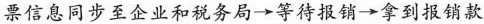
票信息同步至企业和税务局 \rightarrow 等待报销 \rightarrow 拿到报销款